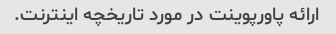
ارائه پاورپوینت در مورد تاریخچه اینترنت.